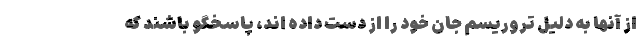
از آنها به دلیل تروریسم جان خود را از دست داده اند، پاسخگو باشند که